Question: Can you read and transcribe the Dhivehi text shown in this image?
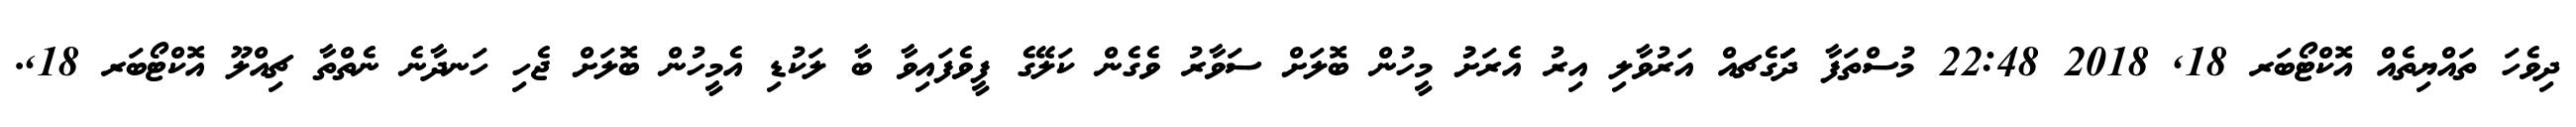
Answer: ދިވެހަ ތައްޔިތެއް އޮކްޓޯބަރ 18, 2018 22:48 މުސްތަފާ ދަަަަަަަގެޗއް އަރުވާލި އިރު އެރަށުު މީހުން ބޮލަށް ސަވާރު ވެގެން ކަލޭގެ ފީވެފައިވާ ބާ ލަކުޑި އެމީހުން ބޮލަށް ޖެހި ހަނދާނެ ނެތްތާ ޗިއްލޫ އޮކްޓޯބަރ 18,.